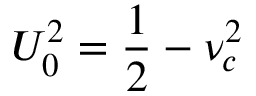
U _ { 0 } ^ { 2 } = \frac { 1 } { 2 } - \nu _ { c } ^ { 2 }